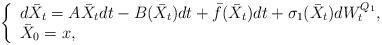
LaTeX: \begin{align*}\left\{\begin{array}{l}\displaystyle d\bar{X}_{t}=A\bar{X}_{t}dt-B(\bar{X}_t)dt+\bar{f}(\bar{X}_{t})dt+\sigma_1(\bar{X}_t)d W^{Q_{1}}_{t},\\\bar{X}_{0}=x,\end{array}\right. \end{align*}